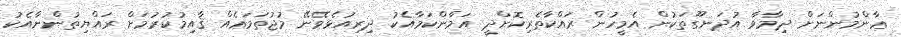
ޢާންމުންނަށް ދިމާވާ އުދަނގޫތަކުން އެމީހުން ރައްކާތެރިކޮށްދީ އަމާންކަމާއެކު ދިރިއުޅެވޭނޭ މުޖުތަމަޢެއް ޤާއިމުކުރުމަށް ރައްޔިތުންނާއެކު